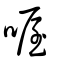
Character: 喔